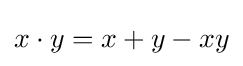
x\cdot y=x+y-xy